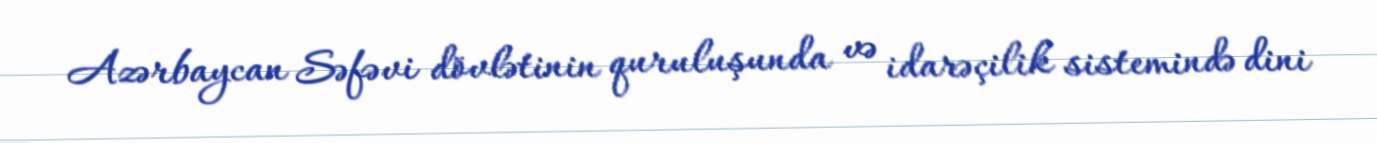
Azərbaycan Səfəvi dövlətinin quruluşunda və idarəçilik sistemində dini